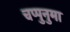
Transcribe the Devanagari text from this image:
चप्पुनुमा